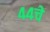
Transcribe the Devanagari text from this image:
४४चे